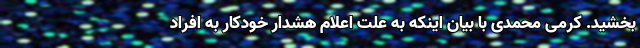
بخشید. کرمی محمدی با بیان اینکه به علت اعلام هشدار خودکار به افراد